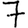
Digit: 7